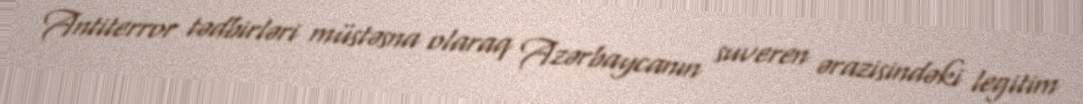
Antiterror tədbirləri müstəsna olaraq Azərbaycanın suveren ərazisindəki legitim